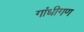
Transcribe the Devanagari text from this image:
गांधीगण